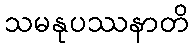
သမနုပဿနာတိ